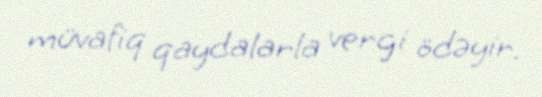
müvafiq qaydalarla vergi ödəyir.